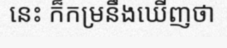
នេះ ក៏កម្រនឹងឃើញថា